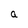
Character: a